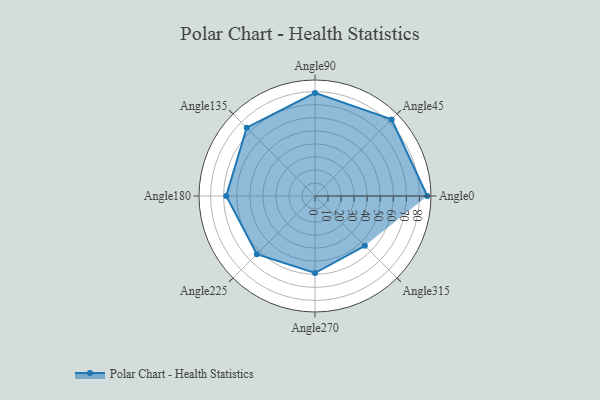
{"axis": {"x": "Angle", "y": "Radius"}, "legend": [""], "data": [{"x": "Angle0", "y": 86.0, "type": ""}, {"x": "Angle45", "y": 83.0, "type": ""}, {"x": "Angle90", "y": 79.0, "type": ""}, {"x": "Angle135", "y": 74.0, "type": ""}, {"x": "Angle180", "y": 68.0, "type": ""}, {"x": "Angle225", "y": 63.0, "type": ""}, {"x": "Angle270", "y": 59.0, "type": ""}, {"x": "Angle315", "y": 54.0, "type": ""}]}